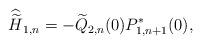
LaTeX: \begin{align*} {\widehat {\widetilde H}}_{1,n}=-\widetilde Q_{2,n}(0)P_{1,n+1}^*(0), \end{align*}